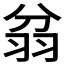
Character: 𦐈